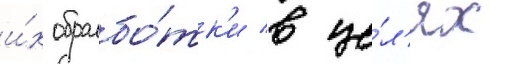
и́х обрабо́тк'и в це́л'ях